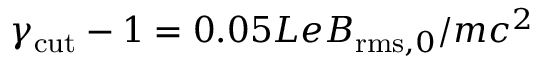
\gamma _ { \mathrm { c u t } } - 1 = 0 . 0 5 L e B _ { \mathrm { r m s } , 0 } / m c ^ { 2 }